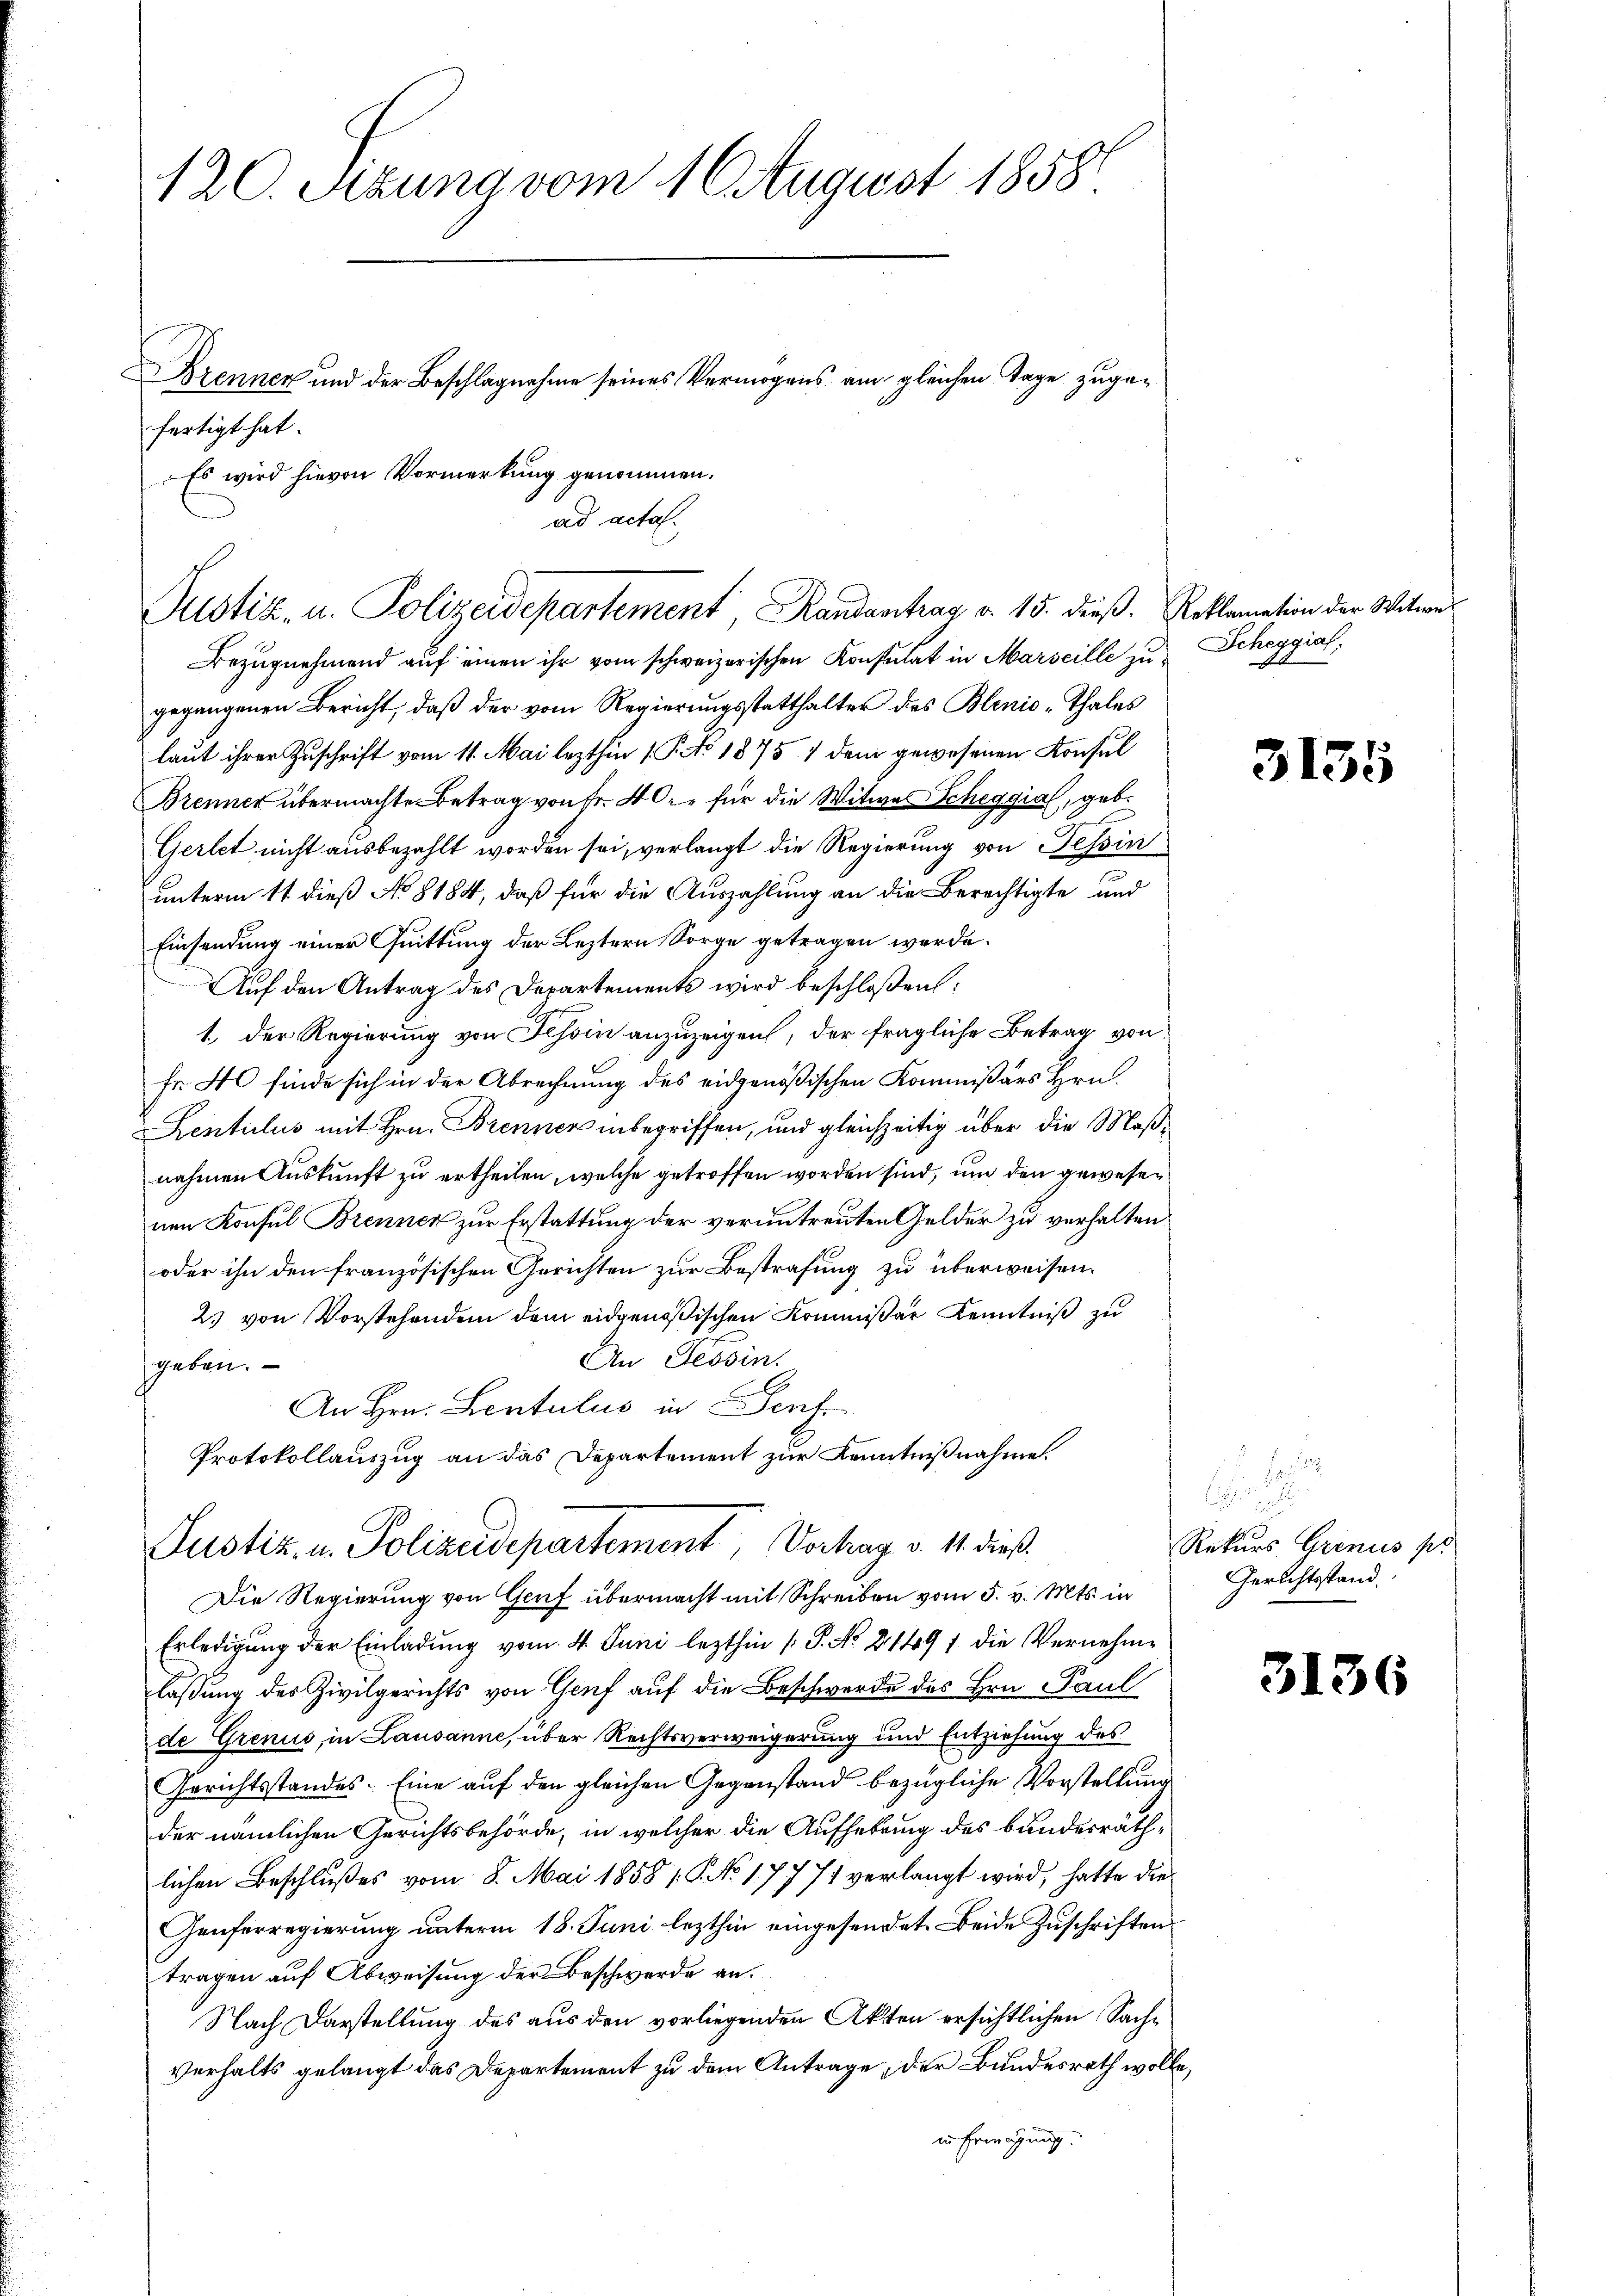
120. Sitzung vom 16 August 1858
Brennen und der Beschlagnahme seines Vermögens am gleichen Tage zugefertigt hat.
Es wird hievon Vormerkung genommen.

ad acta.
Justiz- u. Polizeidepartement, Randantrag v. 15. dieß. Reklamation der Witwes
Bezugnehmend auf einen ihr vom schweizerischen Konsulat in Marseille zu¬

gegangenen Bericht, daß der vom Regierungsstatthalter des Blenio -Thales
laut ihrer Zuschrift vom 11. Mai lezthin 1 P. No 1875 1 dem gewesenen Konsul
Brenner übermachte Betrag von Fr. 40. für die Witwes Scheggia, geb.
Gerlet nicht ausbezahlt worden sei, verlangt die Regierung von Tessin
unterm 11. dieß No 8184, daß für die Auszahlung an die Berechtigte und
Einsendung einer Quittung der Leztern Sorge getragen werde.
Auf den Antrag des Departements wird beschloßen:
1., der Regierung von Tessin anzuzeigen, der fragliche Betrag von
Fr. 40 finde sich in der Abrechnung des eidgenößischen Kommißärs Hrn.
Kentulus mit Hrn. Brenner inbegriffen, und gleichzeitig über die Maßnahmen Auskunft zu ertheilen, welche getroffen worden sind, um den gewesenen Konsul Brenner zur Erstattung der veruntreuten Gelder zu verhalten
oder ihn den französischen Gerichten zur Bestrafung zu überweisen.
2. von Vorstehenden dem eidgenößischen Kommissär Kenntniß zu
An Tessin.
geben.
An Hrn. Lentulus in Perf
Protokollauszug an das Departement zur Kenntnißnahme
Justiz u. Polizeidepartement, Vorhag v. 11. dieß.
Die Regierung von Genf übermacht mit Schreiben vom 5. v. Mts. in
Erledigŭng der Einladŭng vom 4. Juni lezthin /: P. No 21491 die Vernehme
lassung des Zivilgerichts von Genf auf die Beschwerde des Hrn. Paul
de Grenus in Lausanne, über Rechtsverweigerung und Entziehung des
Gerichtsstandes: Eine auf den gleichen Gegenstand bezügliche Vorstellung
der nämlichen Gerichtsbehörde, in welcher die Aufhebung des bundesräthlichen Beschlußes vom 8. Mai 1858 / P. No 17771 verlangt wird, hatte die
Genferregierung unterm 18. Juni lezthin eingesendet. Beide Zuschriften
tragen auf Abweisung der Beschwerde an.
Nach Darstellung des aus den vorliegenden Akten ersichtlichen Sachverhalts gelangt das Departement zu dem Antrage, der Bundesrath wolle,
in Erwägung.

Scheggias.
ng

3135

.
p
Rekurs Grenus p
Gerichtsstand

3136